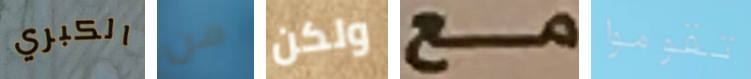
الكبري من ولكن مع تقوموا